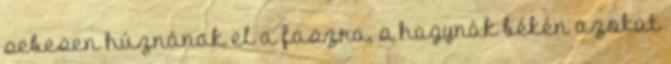
sebesen húznának el a faszra, s hagynák békén azokat